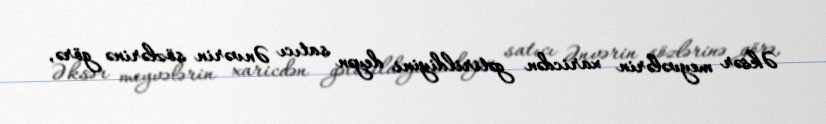
Əksər meyvələrin xaricdən gətirildiyini deyən satıcı Ənvərin sözlərinə görə,